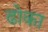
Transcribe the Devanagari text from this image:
ढाेका